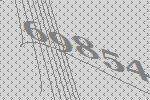
69854